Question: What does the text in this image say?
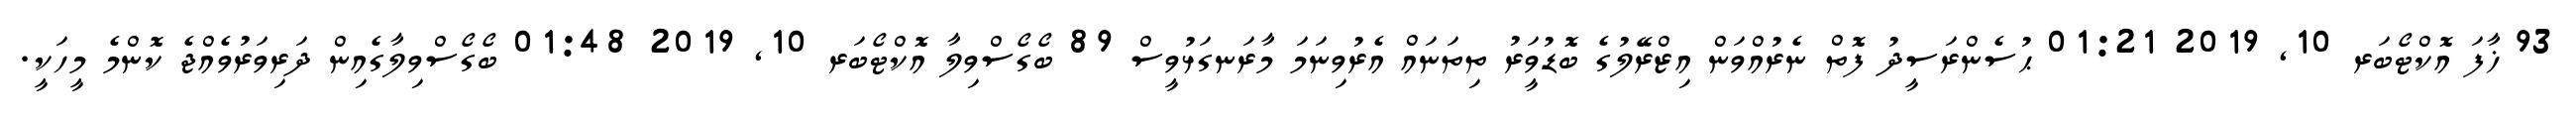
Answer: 93 ޚާފަ އޮކްޓޯބަރ 10, 2019 01:21 ޙުސެންރަސީދު ފޮތް ނެރުއްވަން އިޒްރޭލުގެ ބޮޑުވަީރު ތިތަނައް އެރުވިނަމަ މާރަނގަޅުވީސް 89 ބޯގޯސްވިލާ އޮކްޓޯބަރ 10, 2019 01:48 ބޯގޯސްވިލާގެއިން ދަރިވަރުވެއްޖެ ކޮންމެ މީހަކީ.